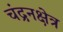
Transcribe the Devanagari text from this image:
चंद्रनक्षेत्र